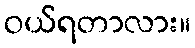
ဝယ်ရတာလား။